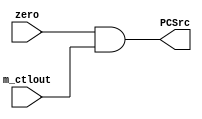
`timescale 1ns / 1ps

////////////////////////////////////////////////////////////////////////////////
// Company:       California State University San Bernardino
//                Tyler Clayton
//
// Module Name:   AND_Gate
// Project Name:  MIPS
// Description:   The MIPS MEMORY (MEM) branching AND gate module.
//
// Dependencies:  None.
//
////////////////////////////////////////////////////////////////////////////////


module AND_Gate(input m_ctlout, zero, output PCSrc);
	assign PCSrc = zero && m_ctlout;
endmodule